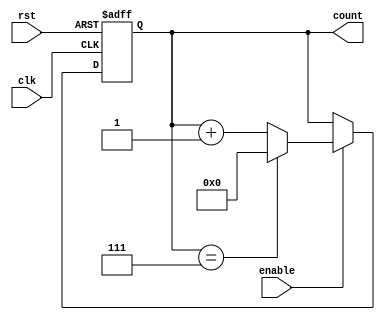
module modulo_n_up_counter (
    input wire clk,
    input wire rst,
    input wire enable,
    output reg [N-1:0] count
);

parameter N = 8; // N-bit counter

always @(posedge clk or posedge rst) begin
    if (rst) begin
        count <= 0;
    end else begin
        if (enable) begin
            if (count == N-1) begin
                count <= 0;
            end else begin
                count <= count + 1;
            end
        end
    end
end

endmodule